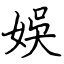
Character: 娛